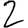
Digit: 2